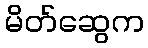
မိတ်ဆွေက